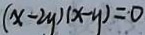
( x - 2 y ) ( x - y ) = 0